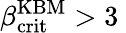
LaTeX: \beta_{\mathrm{crit}}^{\mathrm{KBM}}>3\